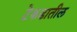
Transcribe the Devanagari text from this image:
टेकडातील